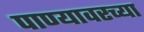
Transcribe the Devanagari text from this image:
पाण्यावरच्या